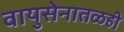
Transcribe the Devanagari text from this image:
वायुसेनातळही